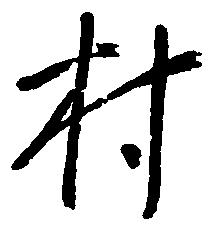
村